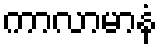
ကာလာမာနံ